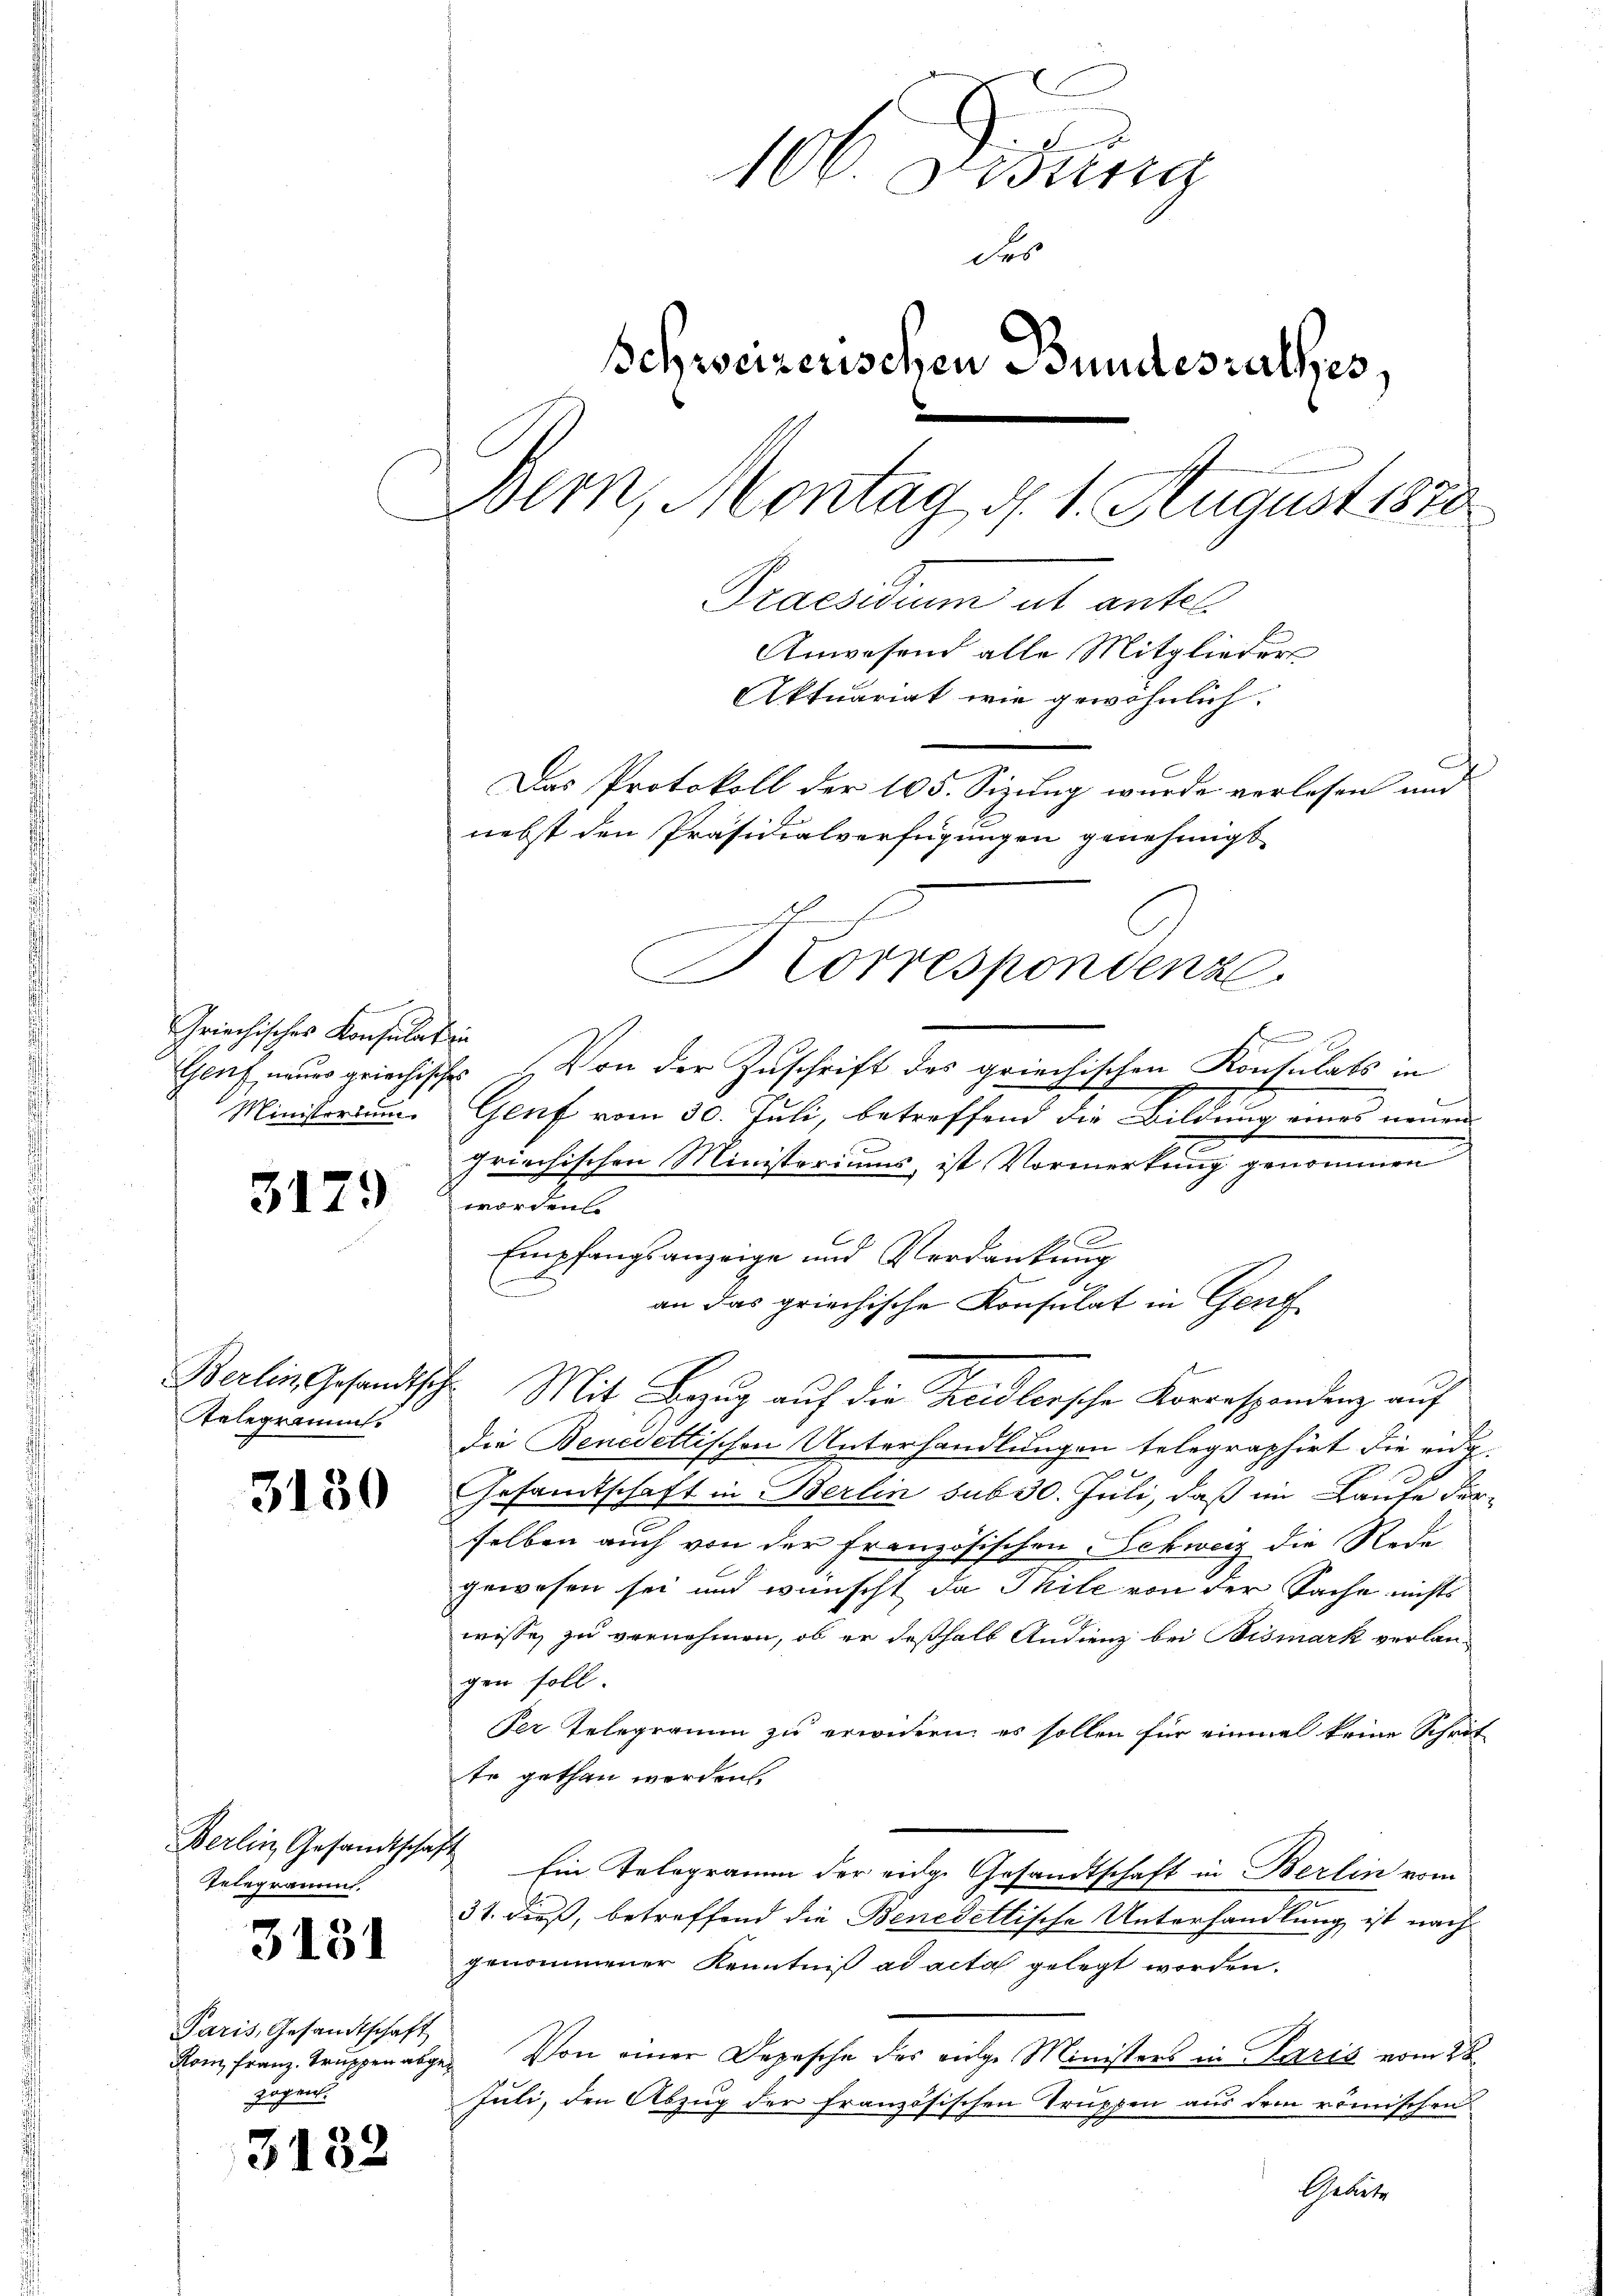
Griechisches Konsulation
Ministerium.

31.

29)

Gelegramms.

3130

Telegrammt.

3131

Paris, Gesandtschaft
zogen.

3132

106. Didung
des
Schweizerischen Bundesrathes,
Bern, Montag d. 1. August 1870
Praesidium ab antel¬
Anwesend alle Mitglieder
Aktuariat wie gewöhnlich.
Das Protokoll der 105. Sizung wurde verlesen und
nebst den Präsidialverfügungen genehmigt.

Korrespondenz.
Gluf neuer griechisches. Von der Zuschrift des griechischen Kontulats in
Genf vom 30. Juli, betreffend die Bildung eines neuen
.
griechischen Ministeriums, ist Vormerkung genommen
worden
Empfangsanzeige und Verdankung
an das griechische Konsulat in Geng
Berlin, Gesandtsch. Mit Bezŭg aŭf die Kreidlersche Korrespondenz auf
die Benedettischen Unterhandlungen telegraphirt die eide
Gesandtschaft in Berlin sub 30. Juli, daß im Laufe derselben auch von der französischen Schweiz die Rede
gewesen sei und wünscht, da Ihile von der Sache nichts
wisse, zu vernehmen, ob er deßhalb Andienz bei Bismark verlangen soll.
Per Telegramm zu erwidern; es sollen für einmal keine Schrit
te gethan werden.
Berlin, Gesandtschaft Ein Telegramm der eidg. Gesandtschaft in Berlin vom
31. dieß, betreffend die Benedettische Unterhandlung ist nach
genommener Kenntniß ad acta gelegt worden.
Rom franz Truppenabges. Von einer Depesche des eige Ministers in Paris vom 28.
Juli, den Abzug der französischen Truppen aus dem römischen
Gebiete